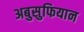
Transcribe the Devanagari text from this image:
अबुसुफियान